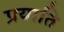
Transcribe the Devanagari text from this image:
प्रयाति